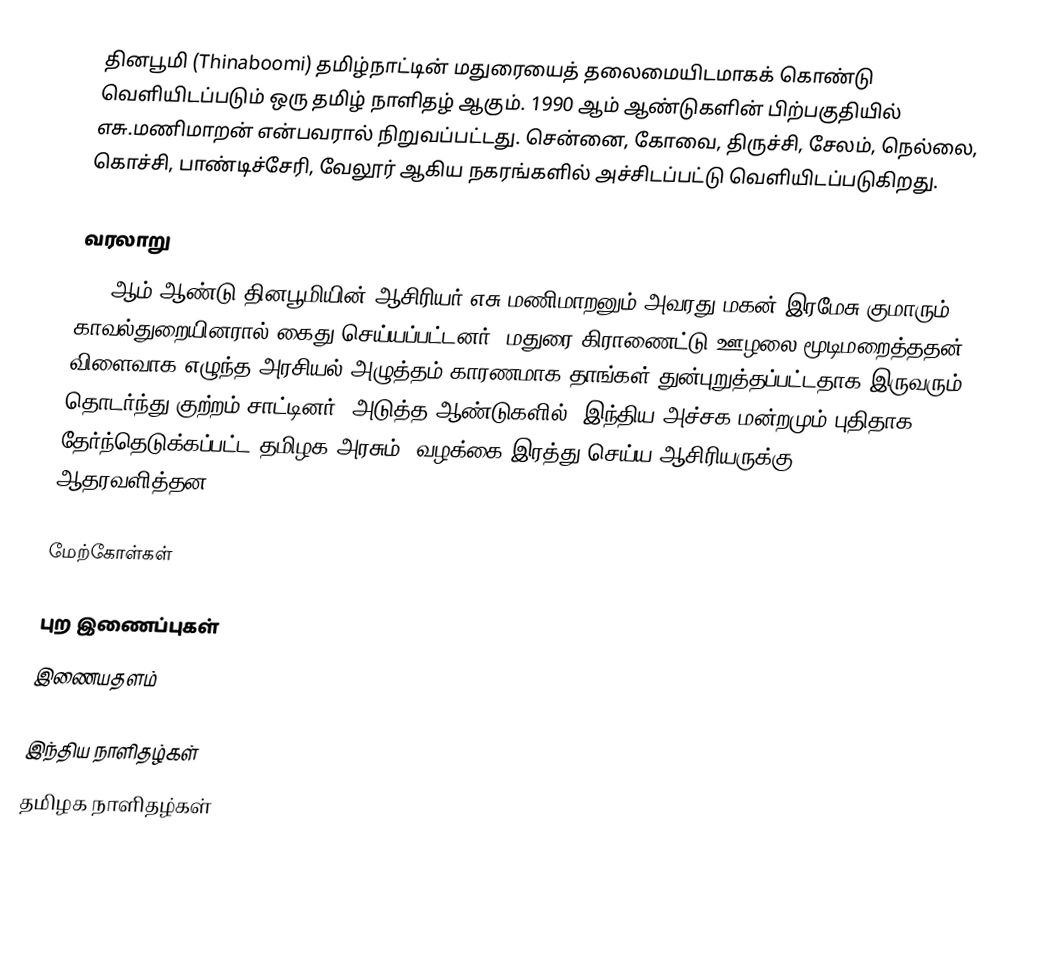
தினபூமி (Thinaboomi) தமிழ்நாட்டின் மதுரையைத் தலைமையிடமாகக் கொண்டு வெளியிடப்படும்  ஒரு தமிழ் நாளிதழ் ஆகும். 1990 ஆம் ஆண்டுகளின்  பிற்பகுதியில் எசு.மணிமாறன் என்பவரால் நிறுவப்பட்டது. சென்னை, கோவை, திருச்சி, சேலம், நெல்லை, கொச்சி, பாண்டிச்சேரி, வேலூர் ஆகிய நகரங்களில் அச்சிடப்பட்டு வெளியிடப்படுகிறது.

வரலாறு
2010ஆம் ஆண்டு தினபூமியின் ஆசிரியர் எசு.மணிமாறனும்  அவரது மகன் இரமேசு குமாரும் காவல்துறையினரால் கைது செய்யப்பட்டனர்.  மதுரை கிராணைட்டு ஊழலை மூடிமறைத்ததன் விளைவாக எழுந்த அரசியல் அழுத்தம் காரணமாக தாங்கள் துன்புறுத்தப்பட்டதாக இருவரும் தொடர்ந்து குற்றம் சாட்டினர். அடுத்த ஆண்டுகளில், இந்திய அச்சக மன்றமும்  புதிதாக தேர்ந்தெடுக்கப்பட்ட தமிழக அரசும், வழக்கை இரத்து செய்ய ஆசிரியருக்கு ஆதரவளித்தன.

மேற்கோள்கள்

புற இணைப்புகள்
இணையதளம்

இந்திய நாளிதழ்கள்
தமிழக நாளிதழ்கள்